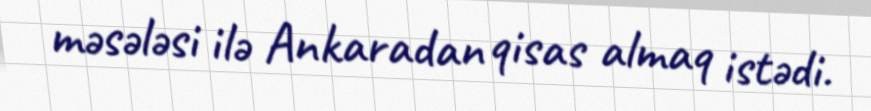
məsələsi ilə Ankaradan qisas almaq istədi.